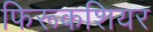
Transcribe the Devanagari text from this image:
फिरूकशियर